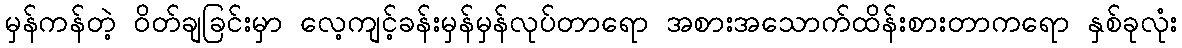
မှန်ကန်တဲ့ ဝိတ်ချခြင်းမှာ လေ့ကျင့်ခန်းမှန်မှန်လုပ်တာရော အစားအသောက်ထိန်းစားတာကရော နှစ်ခုလုံး